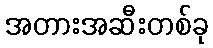
အတားအဆီးတစ်ခု